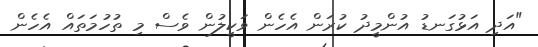
"އަދި އަޅުގަނޑު އުންމީދު ކުރަން އެހެން ވަކީލުން ވެސް މި ތުހުމަތައް އެހެން